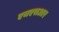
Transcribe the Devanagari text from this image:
एचएसआर